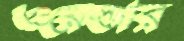
ওয়েল্ডার